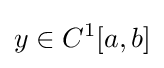
y\in C^{1}[a,b]